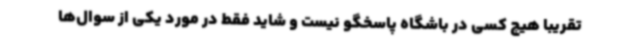
تقریبا هیچ کسی در باشگاه پاسخگو نیست و شاید فقط در مورد یکی از سوال‌ها